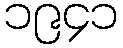
၁၉၄၁